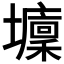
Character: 𡓔